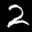
Label: 2